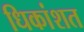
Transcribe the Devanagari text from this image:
धिकांशत